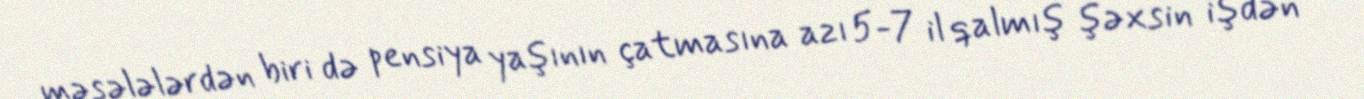
məsələlərdən biri də pensiya yaşının çatmasına azı 5-7 il qalmış şəxsin işdən